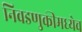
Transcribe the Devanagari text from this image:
निवडणुकीमध्येच